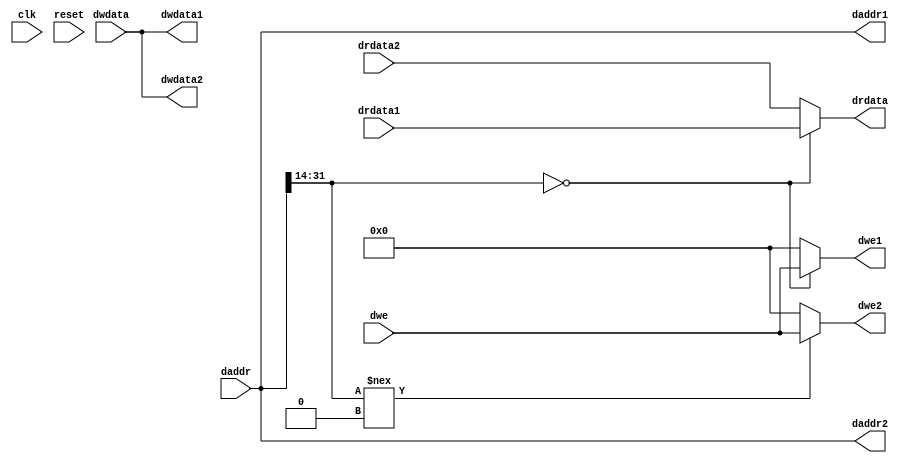
`timescale 1ns/1ps
// Bus interface unit: assumes two branches of the bus -
// 1. connect to dmem
// 2. connect to a single peripheral
// The BIU needs to know the addresses at which DMEM and peripheral are
// connected, so it can do the required multiplexing. 
// These need to be added as part of your code. 
module biu (
    input clk,
    input reset,
    input [31:0] daddr,
    input [31:0] dwdata,
    input [3:0] dwe,
    output [31:0] drdata,

    //Signals going to/from dmem
    output [31:0] daddr1,
    output [31:0] dwdata1,
    output [3:0]  dwe1,
    input  [31:0] drdata1,

    //Signals going to/from peripheral
    output [31:0] daddr2,
    output [31:0] dwdata2,
    output [3:0]  dwe2,
    input  [31:0] drdata2
);
    
    //DMEM needs 4K locations (16KB memory). So only lower 14 bits (12 for 4K locations, last 2 ignored) of the address bus are used
    //So, map the peripheral to the remaining unallotted memory
    //Use the upper 18 bits of addr bus as select line for peripheral or dmem

    assign drdata = (daddr[31:14] == 0) ?  drdata1 : drdata2;
    assign dwe1 = (daddr[31:14] == 0) ? dwe : 0;
    assign dwe2 = (daddr[31:14] !== 0) ? dwe : 0;

    // Send values to DMEM or peripheral (or both if it does not matter) as required

    assign daddr1 = daddr;
    assign dwdata1 = dwdata;

    assign daddr2 = daddr;
    assign dwdata2 = dwdata;

endmodule